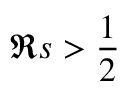
\Re s > { \frac { 1 } { 2 } }